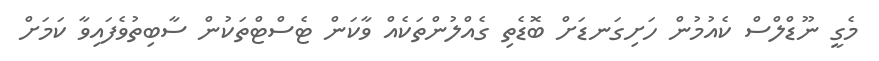
މެގީ ނޫޑްލްސް ކެއުމުން ހަށިގަނޑަށް ބޮޑެތި ގެއްލުންތަކެއް ވާކަން ޓެސްޓްތަކުން ސާބިތުވެފައިވާ ކަމަށް